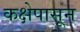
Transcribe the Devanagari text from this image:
कक्षेपासून